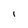
Character: I